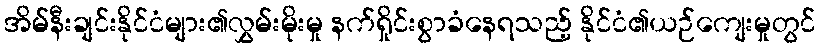
အိမ်နီးချင်းနိုင်ငံများ၏လွှမ်းမိုးမှု နက်ရှိုင်းစွာခံနေရသည့် နိုင်ငံ၏ယဉ်ကျေးမှုတွင်